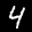
Label: 4